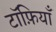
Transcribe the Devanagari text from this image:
टॉफ़ियाँ